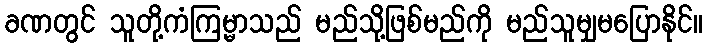
ခဏတွင် သူတို့ကံကြမ္မာသည် မည်သို့ဖြစ်မည်ကို မည်သူမျှမပြောနိုင်။